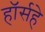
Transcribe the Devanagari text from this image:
हॉर्सहे